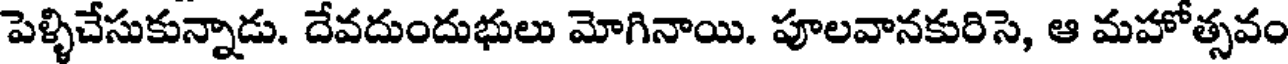
పెళ్ళిచేసుకున్నాడు. దేవదుందుభులు మోగినాయి. పూలవానకురిసె, ఆ మహోత్సవం